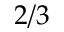
2 / 3